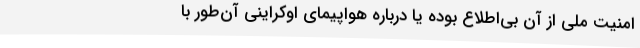
امنیت ملی از آن بی‌اطلاع بوده یا درباره هواپیمای اوکراینی آن‌طور با